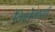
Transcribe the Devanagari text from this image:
किलेवाली